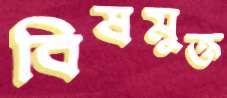
বিষমুক্ত